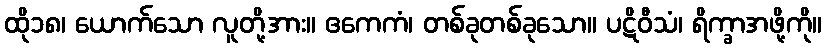
ထို၁၈၊ ယောက်သော လူတို့အား။ ဧကေကံ၊ တစ်ခုတစ်ခုသော။ ပဋိဝီသံ၊ ရိက္ခာအဖို့ကို။